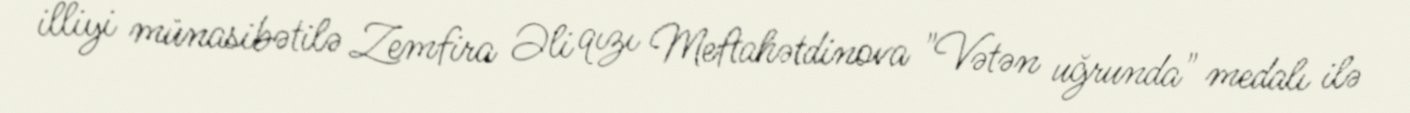
illiyi münasibətilə Zemfira Əli qızı Meftahətdinova "Vətən uğrunda" medalı ilə